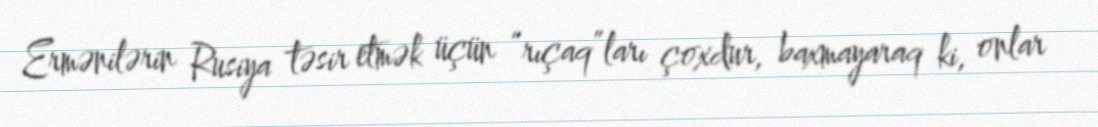
Ermənilərin Rusiya təsir etmək üçün “rıçaq”ları çoxdur, baxmayaraq ki, onlar